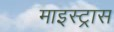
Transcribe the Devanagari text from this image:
माइस्ट्रास